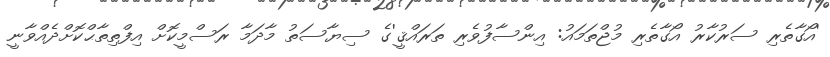
'އޯގާތެރި ސަރުކާރު އޯގާތެރި މުޖްތަމައު: އިންސާފުވެރި ތަރައްޤީ'ގެ ސިޔާސަތު މާދަމާ ރަސްމީކޮށް އިފްތިތާޙްކޮށްދެއްވާނީ